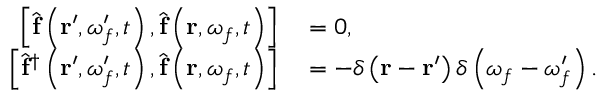
\begin{array} { r l } { \left[ \hat { \mathbf { f } } \left( \mathbf { r } ^ { \prime } , \omega _ { f } ^ { \prime } , t \right) , \hat { \mathbf { f } } \left( \mathbf { r } , \omega _ { f } , t \right) \right] } & { { } = 0 , } \\ { \left[ \hat { \mathbf { f } } ^ { \dagger } \left( \mathbf { r } ^ { \prime } , \omega _ { f } ^ { \prime } , t \right) , \hat { \mathbf { f } } \left( \mathbf { r } , \omega _ { f } , t \right) \right] } & { { } = - \delta \left( \mathbf { r } - \mathbf { r } ^ { \prime } \right) \delta \left( \omega _ { f } - \omega _ { f } ^ { \prime } \right) . } \end{array}